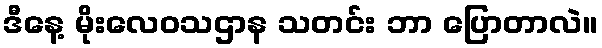
ဒီနေ့ မိုးလေဝသဌာန သတင်း ဘာ ပြောတာလဲ။